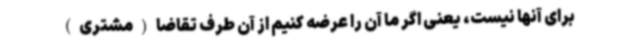
برای آنها نیست، یعنی اگر ما آن را عرضه کنیم از آن طرف تقاضا(مشتری)